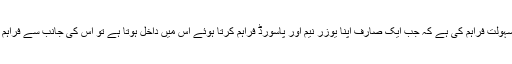
ٹویٹر نے مختلف زبانوں کے ذریعہ اس ویب سائیٹ کو استعمال کرنے والے صارفین کیلئے یہ سہولت فراہم کی ہے کہ جب ایک صارف اپنا یوزر نیم اور پاسورڈ فراہم کرتا ہوئے اس میں داخل ہوتا ہے تو اس کی جانب سے فراہم کی جانے والی سیٹنگ کی مناسبت سے اسے ٹویٹر کی خدمات اسی زبان میں دستیاب ہوتی ہے ۔